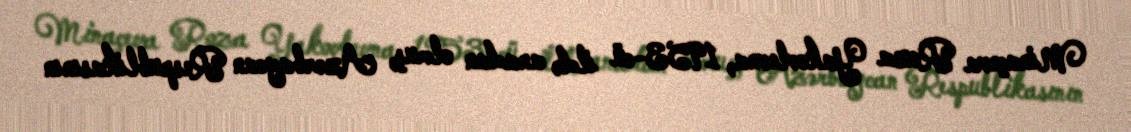
Minaçeva Roza Yakovlevna, 1953-cü ildə anadan olmuş, Azərbaycan Respublikasının